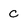
Character: C